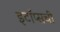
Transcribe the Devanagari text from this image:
इटॉप्सची